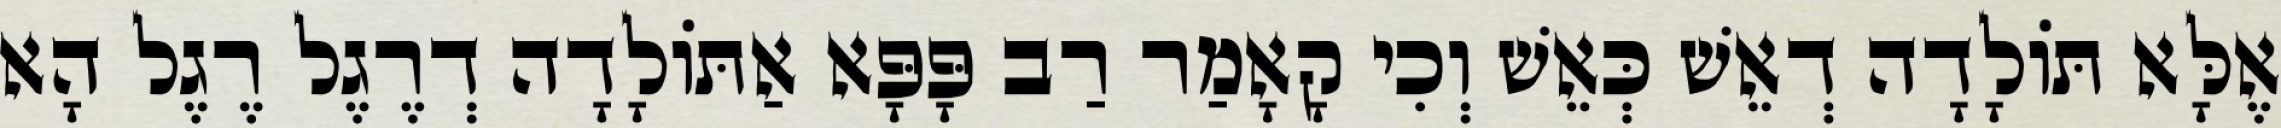
אֶלָּא תּוֹלָדָה דְאֵשׁ כְּאֵשׁ וְכִי קָאָמַר רַב פָּפָּא אַתּוֹלָדָה דְרֶגֶל רֶגֶל הָא